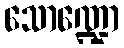
သောဏ္ဍော